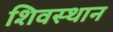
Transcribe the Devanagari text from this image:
शिवस्थान